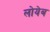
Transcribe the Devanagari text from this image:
लोयेब